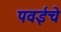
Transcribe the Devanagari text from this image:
पवईचे